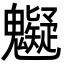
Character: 䰯